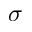
\sigma